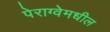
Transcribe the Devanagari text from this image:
पेराग्वेमधील